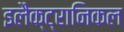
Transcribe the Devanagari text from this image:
इलैक्ट्रानिकल